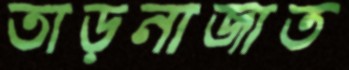
তাড়নাজাত